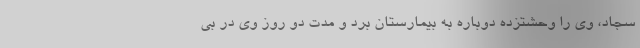
سجاد، وی را وحشتزده دوباره به بیمارستان برد و مدت دو روز وی در بی